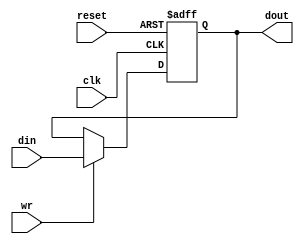
`timescale 1ns / 1ps
//////////////////////////////////////////////////////////////////////////////////
// Company: 
// Engineer: 
// 
// Design Name: 
// Module Name: register
// Project Name: 
// Target Devices: 
// Tool Versions: 
// Description: 
// 
// Dependencies: 
// 
// Revision:
// Revision 0.01 - File Created
// Additional Comments:
// reset:Active low
//////////////////////////////////////////////////////////////////////////////////


module register
#(
parameter   WIDTH = 16,
parameter   RESET_VALUE = 0
)
(
input               clk,
input               reset,
input               wr,
input   [WIDTH-1:0] din,
output  [WIDTH-1:0] dout
    );

reg     [WIDTH-1:0] Data;
assign dout = Data;

always@(posedge clk or negedge reset)
begin
    if(~reset)
    Data<= RESET_VALUE;
    else if(wr)
    Data<= din;
end
endmodule